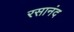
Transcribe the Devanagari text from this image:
रसानंद